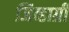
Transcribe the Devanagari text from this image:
जिव्हाग्री